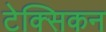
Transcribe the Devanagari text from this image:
टेक्सिकन